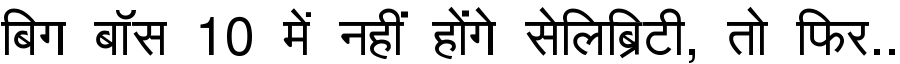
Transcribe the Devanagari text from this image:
बिग बॉस 10 में नहीं होंगे सेलिब्रिटी, तो फिर..